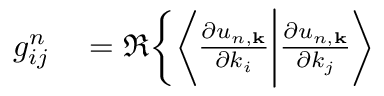
\begin{array} { r l } { g _ { i j } ^ { n } } & { { } = \Re \bigg \{ \bigg \langle \frac { \partial u _ { n , \mathbf { k } } } { \partial k _ { i } } \bigg | \frac { \partial u _ { n , \mathbf { k } } } { \partial k _ { j } } \bigg \rangle } \end{array}